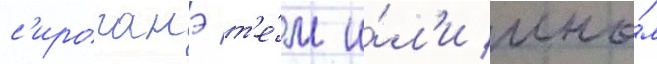
с'ироганэ т'е́м и́л'и ины́м